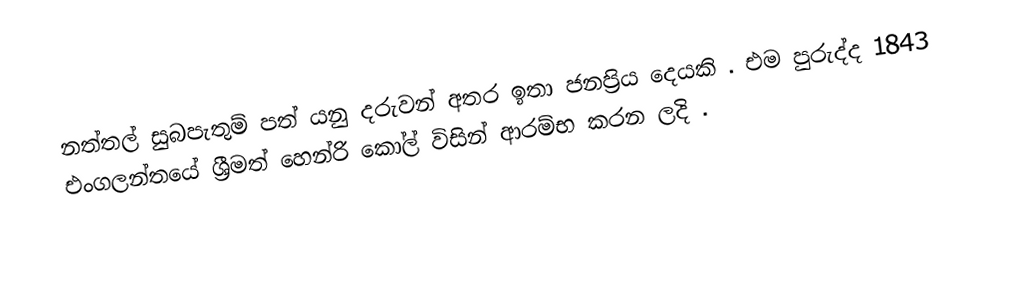
නත්තල් සුබපැතුම් පත් යනු දරුවන් අතර ඉතා ජනප්‍රිය දෙයකි . එම පුරුද්ද 1843 එංගලන්තයේ ශ්‍රීමත් හෙන්රි කෝල්  විසින් ආරම්භ කරන ලදි  .